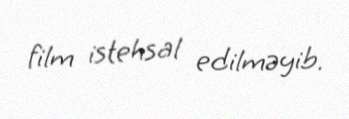
film istehsal edilməyib.